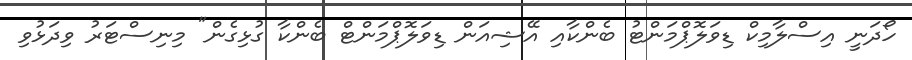
ހޯދަނީ އިސްލާމިކް ޑިވަލޮޕްމަންޓު ބެންކާއި އޭޝިއަން ޑިވަލޮޕްމަންޓް ބެންކާ ގުޅިގެން" މިނިސްޓަރު ވިދަޅުވި